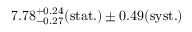
7 . 7 8 _ { - 0 . 2 7 } ^ { + 0 . 2 4 } ( \mathrm { s t a t . ) \pm 0 . 4 9 ( \mathrm { s y s t . ) } }